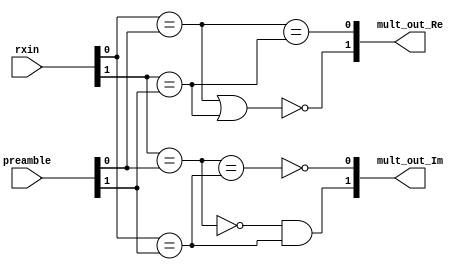
`timescale 1ns / 1ps
//////////////////////////////////////////////////////////////////////////////////
// Company: 
// Engineer: 
// 
// Design Name: 
// Module Name:    Signed_Mult_tap 
// Project Name: 
// Target Devices: 
// Tool versions: 
// Description: 
//
// Dependencies: 
//
// Revision: 
// Revision 0.01 - File Created
// Additional Comments: 
//
//////////////////////////////////////////////////////////////////////////////////
module Signed_Mult_tap(
   input 	 	[1:0] rxin,		//[1] :signed bit of imaginary part, [0] :signed bit of real part,
	input			[1:0] preamble,	//[1] :signed bit of imaginary part, [0] :signed bit of real part,
	output 	 	[1:0] mult_out_Re, mult_out_Im  // = rxin * conj(preamble) 
    );
	 
wire cmp1_Re = (rxin[0] == preamble[0]);
wire cmp2_Re = (rxin[1] == preamble[1]);

assign mult_out_Re[0] =  (cmp1_Re == cmp2_Re);
assign mult_out_Re[1] = ~(cmp1_Re |  cmp2_Re);

wire cmp1_Im = (rxin[1] == preamble[0]);
wire cmp2_Im = (rxin[0] == preamble[1]);

assign mult_out_Im[0] = ~(  cmp1_Im == cmp2_Im);
assign mult_out_Im[1] =  ((~cmp1_Im) & cmp2_Im);

endmodule